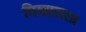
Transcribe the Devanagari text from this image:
मिस्त्रालला